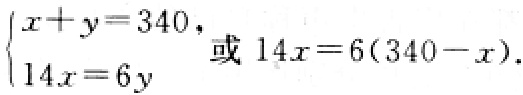
$\begin{cases}x + y = 340,\\14x = 6y\end{cases}\text{或}14x = 6(340 - x).$